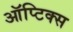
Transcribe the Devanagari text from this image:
ऑप्टिक्‍स